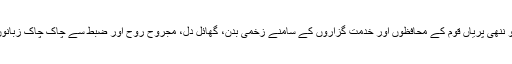
ایک تصویر میں ایک جیسا لباس پہنے دو ننھی پریاں قوم کے محافظوں اور خدمت گزاروں کے سامنے زخمی بدن، گھائل دل، مجروح روح اور ضبط سے چاک چاک زبانوں کو لیے سہمی، ڈری، سمٹی بیٹھی ہیں۔